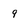
Character: q